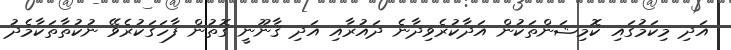
އަދި މިކަމުގައި ކޮމިޝަންތަކުން އަދާކުރެވިދާނެ ދައުރާއި އަދި ޤާނޫނީ ގޮތުން ފާހަގަކުރެވޭ ނުކުތާތަކާމެދު